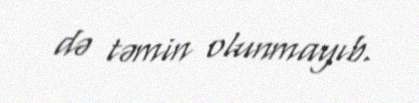
də təmin olunmayıb.